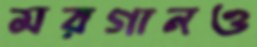
মরগানও